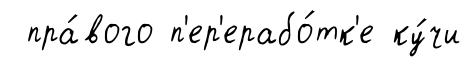
пра́вого п'ер'ерабо́тк'е ку́чи